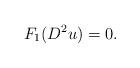
LaTeX: \begin{align*}F_1(D^2 u) =0.\end{align*}